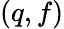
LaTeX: (q,f)